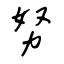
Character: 努